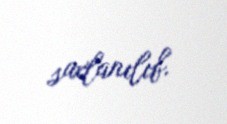
saxlanılıb.